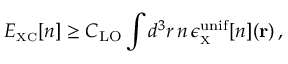
E _ { \scriptscriptstyle \mathrm { X C } } [ n ] \geq C _ { \mathrm { L O } } \int d ^ { 3 } r \, n \, \epsilon _ { _ { \scriptscriptstyle \mathrm { X } } } ^ { \mathrm { u n i f } } [ n ] ( { \bf r } ) \, ,